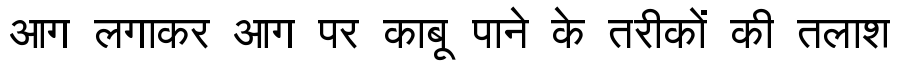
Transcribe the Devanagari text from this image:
आग लगाकर आग पर काबू पाने के तरीकों की तलाश